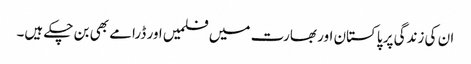
ان کی زندگی پر پاکستان اور بھارت میں فلمیں اور ڈرامے بھی بن چکے ہیں۔